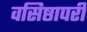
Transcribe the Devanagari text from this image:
वसिष्ठापरी